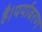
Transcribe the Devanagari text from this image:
है।पर्यावरण